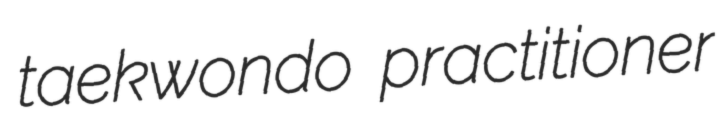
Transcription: taekwondo practitioner